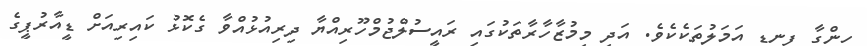
ހިންގާ ފިނޑި އަމަލުތަކެކެވެ. އަދި މިމުޒާހާރާތަކުގައި ރައީސުލްޖުމްހޫރިއްޔާ ދިރިއުޅުއްވާ ގެކޮޅު ކައިރިއަށް ޑީއާރުޕީގެ